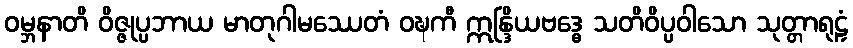
ဝမ္ဘနာတိ ဝိဇ္ဇုပ္ပဘာယ မာတုဂါမဿေတံ ဝဍ္ဎကီ ဣန္ဒြိယဗဒ္ဓေ သတိဝိပ္ပဝါသော သုတ္တာရုဠှံ